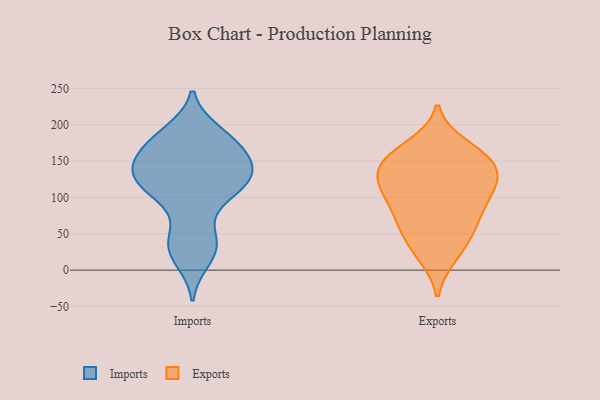
{"axis": {"x": "Temperature (°C)", "y": "Value"}, "legend": ["Exports", "Imports"], "data": [{"x": "", "y": 147, "type": "Imports"}, {"x": "", "y": 51, "type": "Imports"}, {"x": "", "y": 97, "type": "Imports"}, {"x": "", "y": 171, "type": "Imports"}, {"x": "", "y": 13, "type": "Imports"}, {"x": "", "y": 159, "type": "Imports"}, {"x": "", "y": 191, "type": "Imports"}, {"x": "", "y": 188, "type": "Imports"}, {"x": "", "y": 145, "type": "Imports"}, {"x": "", "y": 116, "type": "Imports"}, {"x": "", "y": 174, "type": "Imports"}, {"x": "", "y": 124, "type": "Imports"}, {"x": "", "y": 142, "type": "Imports"}, {"x": "", "y": 35, "type": "Imports"}, {"x": "", "y": 130, "type": "Imports"}, {"x": "", "y": 120, "type": "Imports"}, {"x": "", "y": 107, "type": "Imports"}, {"x": "", "y": 31, "type": "Imports"}, {"x": "", "y": 143, "type": "Exports"}, {"x": "", "y": 69, "type": "Exports"}, {"x": "", "y": 111, "type": "Exports"}, {"x": "", "y": 171, "type": "Exports"}, {"x": "", "y": 146, "type": "Exports"}, {"x": "", "y": 104, "type": "Exports"}, {"x": "", "y": 25, "type": "Exports"}, {"x": "", "y": 132, "type": "Exports"}, {"x": "", "y": 49, "type": "Exports"}, {"x": "", "y": 148, "type": "Exports"}, {"x": "", "y": 65, "type": "Exports"}, {"x": "", "y": 117, "type": "Exports"}, {"x": "", "y": 113, "type": "Exports"}, {"x": "", "y": 164, "type": "Exports"}, {"x": "", "y": 98, "type": "Exports"}, {"x": "", "y": 67, "type": "Exports"}, {"x": "", "y": 153, "type": "Exports"}, {"x": "", "y": 20, "type": "Exports"}]}